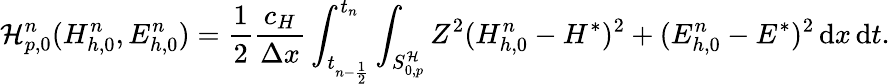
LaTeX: \mathcal{H}_{p,0}^{n}(H_{h,0}^{n},E_{h,0}^{n})=\frac{1}{2}\frac{c_{H}}{\Delta x}\int_{t_{n-\frac{1}{2}}}^{t_{n}}\int_{S_{0,p}^{\mathcal{H}}}Z^{2}(H_{h,0}^{n}-H^{*})^{2}+(E_{h,0}^{n}-E^{*})^{2}\, \mathrm{d}x\, \mathrm{d}t.